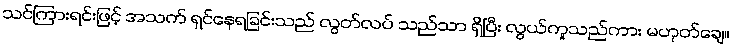
သင်ကြားရင်းဖြင့် အသက် ရှင်နေရခြင်းသည် လွတ်လပ် သည်သာ ရှိပြီး လွယ်ကူသည်ကား မဟုတ်ချေ။